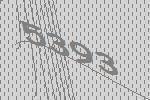
5393